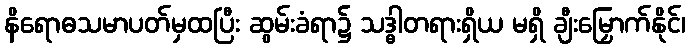
နိရောဓသမာပတ်မှထပြီး ဆွမ်းခံရာ၌ သဒ္ဓါတရားရှိယ မရှိ ချီးမြှောက်နိုင်၊